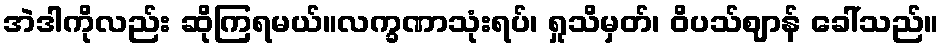
အဲဒါကိုလည်း ဆိုကြရမယ်။လက္ခဏာသုံးရပ်၊ ရှုသိမှတ်၊ ဝိပသ်ဈာန် ခေါ်သည်။